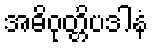
အဓိဝုတ္တိပဒါနံ